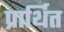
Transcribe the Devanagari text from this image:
प्रार्थित